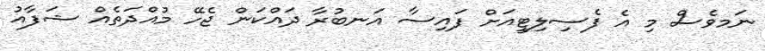
ނަަމވެސް މި އެ ފެސިލިޓީއަށް ފައިސާ އަނބުރާ ދައްކަން ޖެހޭ މުއްދަތެއް ޝަފާއު